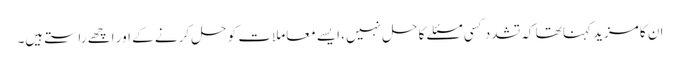
ان کا مزید کہنا تھا کہ تشدد کسی مسئلے کا حل نہیں، ایسے معاملات کو حل کرنے کے اور اچھے راستے ہیں۔